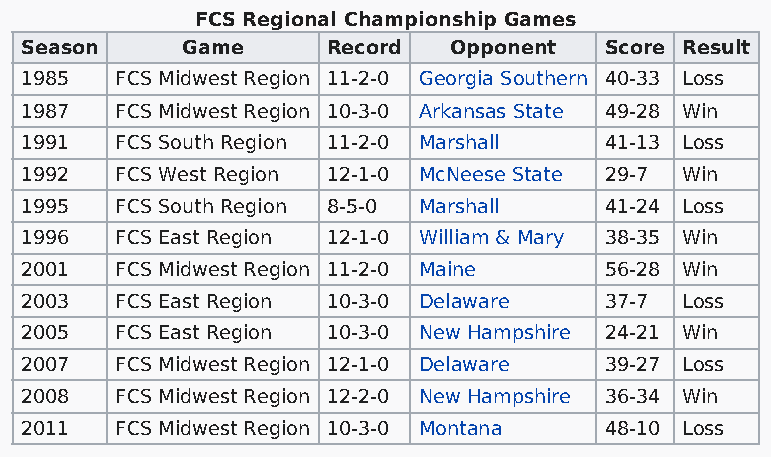
FCS Regional Championship Games
 Season     Game      Record  Opponent  Score Result
 1985   FCS Midwest Region 11-2-0 Georgia Southern 40-33 Loss
 1987   FCS Midwest Region 10-3-0 Arkansas State 49-28 Win
 1991   FCS South Region 11-2-0 Marshall 41-13 Loss
 1992   FCS West Region 12-1-0 McNeese State 29-7 Win
 1995   FCS South Region 8-5-0 Marshall 41-24 Loss
 1996   FCS East Region 12-1-0 William & Mary 38-35 Win
 2001   FCS Midwest Region 11-2-0 Maine 56-28 Win
 2003   FCS East Region 10-3-0 Delaware 37-7 Loss
 2005   FCS East Region 10-3-0 New Hampshire 24-21 Win
 2007   FCS Midwest Region 12-1-0 Delaware 39-27 Loss
 2008   FCS Midwest Region 12-2-0 New Hampshire 36-34 Win
 2011   FCS Midwest Region 10-3-0 Montana 48-10 Loss